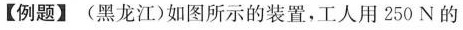
【例题】(黑龙江)如图所示的装置，工人用250N的